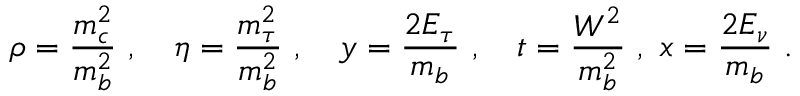
\rho = { \frac { m _ { c } ^ { 2 } } { m _ { b } ^ { 2 } } } \ , \quad \eta = { \frac { m _ { \tau } ^ { 2 } } { m _ { b } ^ { 2 } } } \ , \quad y = { \frac { 2 E _ { \tau } } { m _ { b } } } \ , \quad t = { \frac { W ^ { 2 } } { m _ { b } ^ { 2 } } } \ , \ x = { \frac { 2 E _ { \nu } } { m _ { b } } } \ .